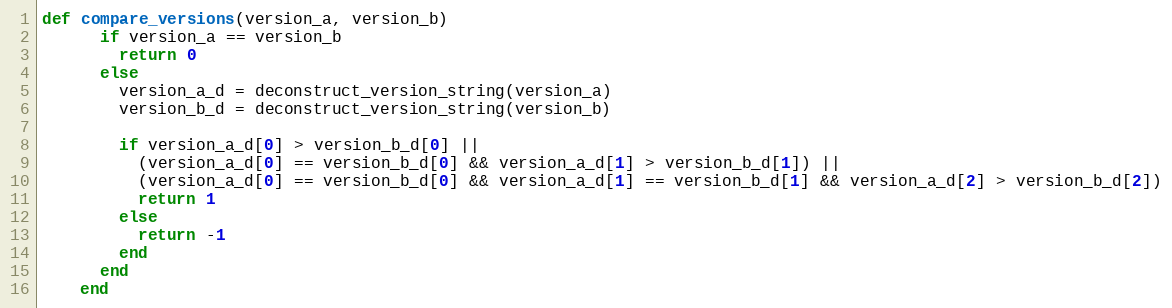
Language: Ruby
def compare_versions(version_a, version_b)
      if version_a == version_b
        return 0
      else
        version_a_d = deconstruct_version_string(version_a)
        version_b_d = deconstruct_version_string(version_b)

        if version_a_d[0] > version_b_d[0] ||
          (version_a_d[0] == version_b_d[0] && version_a_d[1] > version_b_d[1]) ||
          (version_a_d[0] == version_b_d[0] && version_a_d[1] == version_b_d[1] && version_a_d[2] > version_b_d[2])
          return 1
        else
          return -1
        end
      end
    end